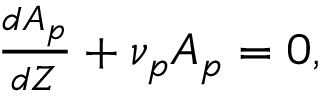
\begin{array} { r } { \frac { d A _ { p } } { d Z } + \nu _ { p } A _ { p } = 0 , } \end{array}